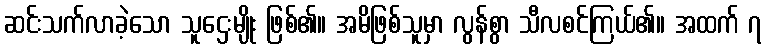
ဆင်းသက်လာခဲ့သော သူဌေးမျိုး ဖြစ်၏။ အမိဖြစ်သူမှာ လွန်စွာ သီလစင်ကြယ်၏။ အထက် ၇